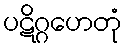
ပဋိဂ္ဂဟေတုံ